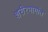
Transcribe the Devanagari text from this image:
शरीरभागांत